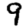
Digit: 9